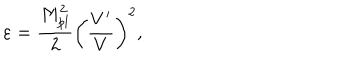
\varepsilon = \frac { M _ { p l } ^ { 2 } } { 2 } \left( \frac { V ^ { \prime } } { V } \right) ^ { 2 } ,